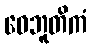
ဝေဘူတိကံ